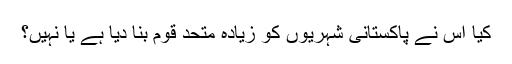
کیا اس نے پاکستانی شہریوں کو زیادہ متحد قوم بنا دیا ہے یا نہیں؟